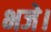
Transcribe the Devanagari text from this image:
भजे।